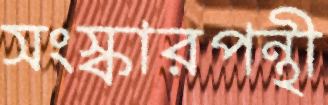
সংস্কারপন্থী